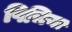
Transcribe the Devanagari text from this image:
पिचिया